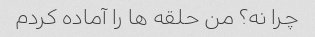
چرا نه؟ من حلقه ها را آماده کردم